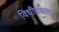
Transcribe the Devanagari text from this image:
विधीमधला